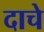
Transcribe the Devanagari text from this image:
दाचे